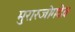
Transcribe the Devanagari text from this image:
मुरारजोगदेव